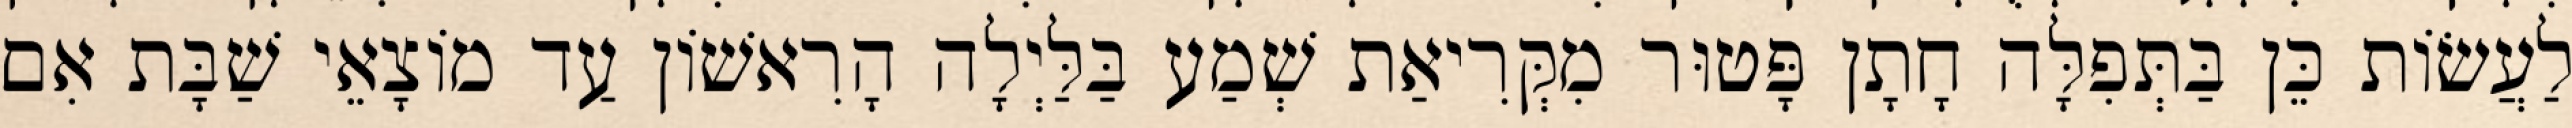
לַעֲשׂוֹת כֵּן בַּתְּפִלָּה חָתָן פָּטוּר מִקְּרִיאַת שְׁמַע בַּלַּיְלָה הָרִאשׁוֹן עַד מוֹצָאֵי שַׁבָּת אִם